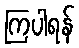
ကြပါရန်